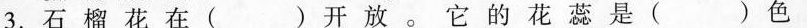
3.石榴花在( )开放。它的花蕊是( )色